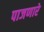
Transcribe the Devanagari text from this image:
पाजणारे